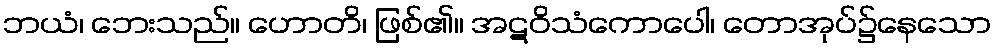
ဘယံ၊ ဘေးသည်။ ဟောတိ၊ ဖြစ်၏။ အဋဝိသံကောပေါ၊ တောအုပ်၌နေသော